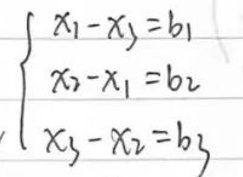
\left\{
\begin{array}{l}
x_1 - x_2 = b_1\\
x_2 - x_1 = b_2\\
x_3 - x_2 = b_3
\end{array}
\right.